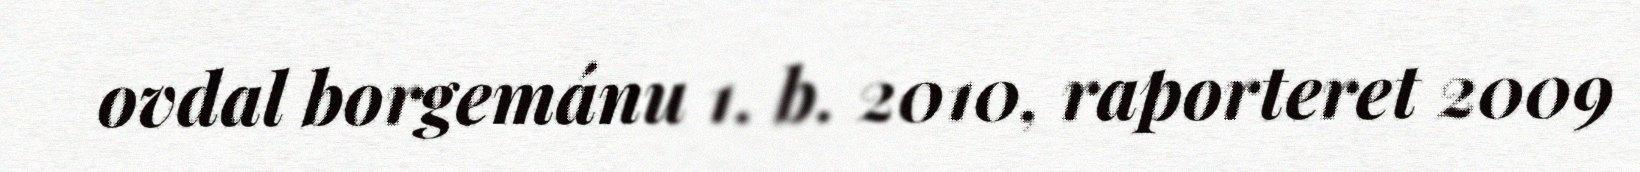
ovdal borgemánu 1. b. 2010, raporteret 2009